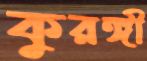
কুরঙ্গী